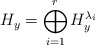
\begin{align*}H_y=\bigoplus_{i=1}^r H_y^{\lambda_i}\end{align*}